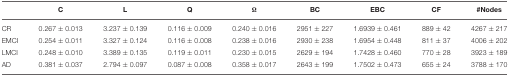
<table><thead><tr><td></td><td><b>C</b></td><td><b>L</b></td><td><b>Q</b></td><td><b>Ω</b></td><td><b>BC</b></td><td><b>EBC</b></td><td><b>CF</b></td><td><b>#Nodes</b></td></tr></thead><tbody><tr><td>CR</td><td>0.267 ± 0.013</td><td>3.237 ± 0.139</td><td>0.116 ± 0.009</td><td>0.240 ± 0.016</td><td>2951 ± 227</td><td>1.6939 ± 0.461</td><td>889 ± 42</td><td>4267 ± 217</td></tr><tr><td>EMCI</td><td>0.254 ± 0.011</td><td>3.327 ± 0.124</td><td>0.116 ± 0.008</td><td>0.238 ± 0.016</td><td>2930 ± 238</td><td>1.6954 ± 0.448</td><td>811 ± 37</td><td>4006 ± 202</td></tr><tr><td>LMCI</td><td>0.248 ± 0.010</td><td>3.389 ± 0.135</td><td>0.119 ± 0.011</td><td>0.230 ± 0.015</td><td>2629 ± 194</td><td>1.7428 ± 0.460</td><td>770 ± 28</td><td>3923 ± 189</td></tr><tr><td>AD</td><td>0.381 ± 0.037</td><td>2.794 ± 0.097</td><td>0.087 ± 0.008</td><td>0.358 ± 0.017</td><td>2643 ± 199</td><td>1.7502 ± 0.473</td><td>655 ± 24</td><td>3788 ± 170</td></tr></tbody></table>